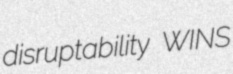
disruptability WINS